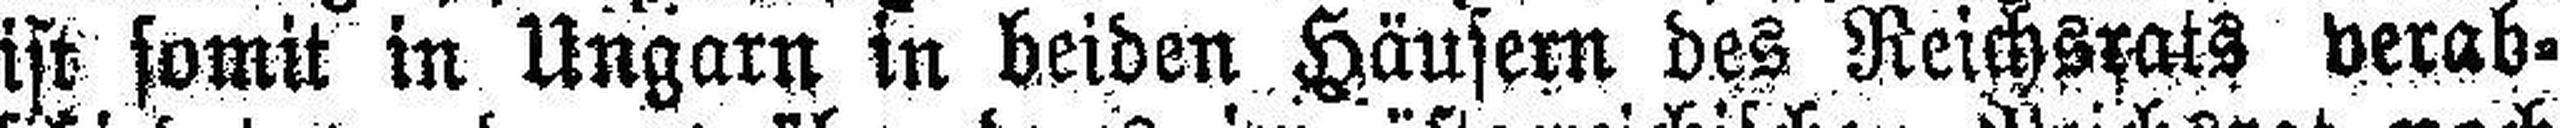
ist somit in Ungarn in beiden Häusern des Reichsrats verab¬